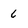
Character: 6